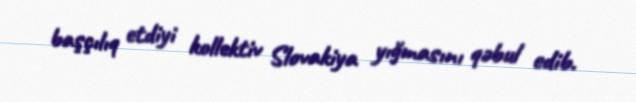
başçılıq etdiyi kollektiv Slovakiya yığmasını qəbul edib.